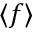
\langle f \rangle